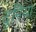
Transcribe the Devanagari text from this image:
दुनिया